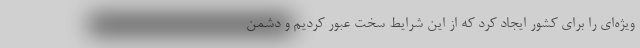
ویژه‌ای را برای کشور ایجاد کرد که از این شرایط سخت عبور کردیم و دشمن